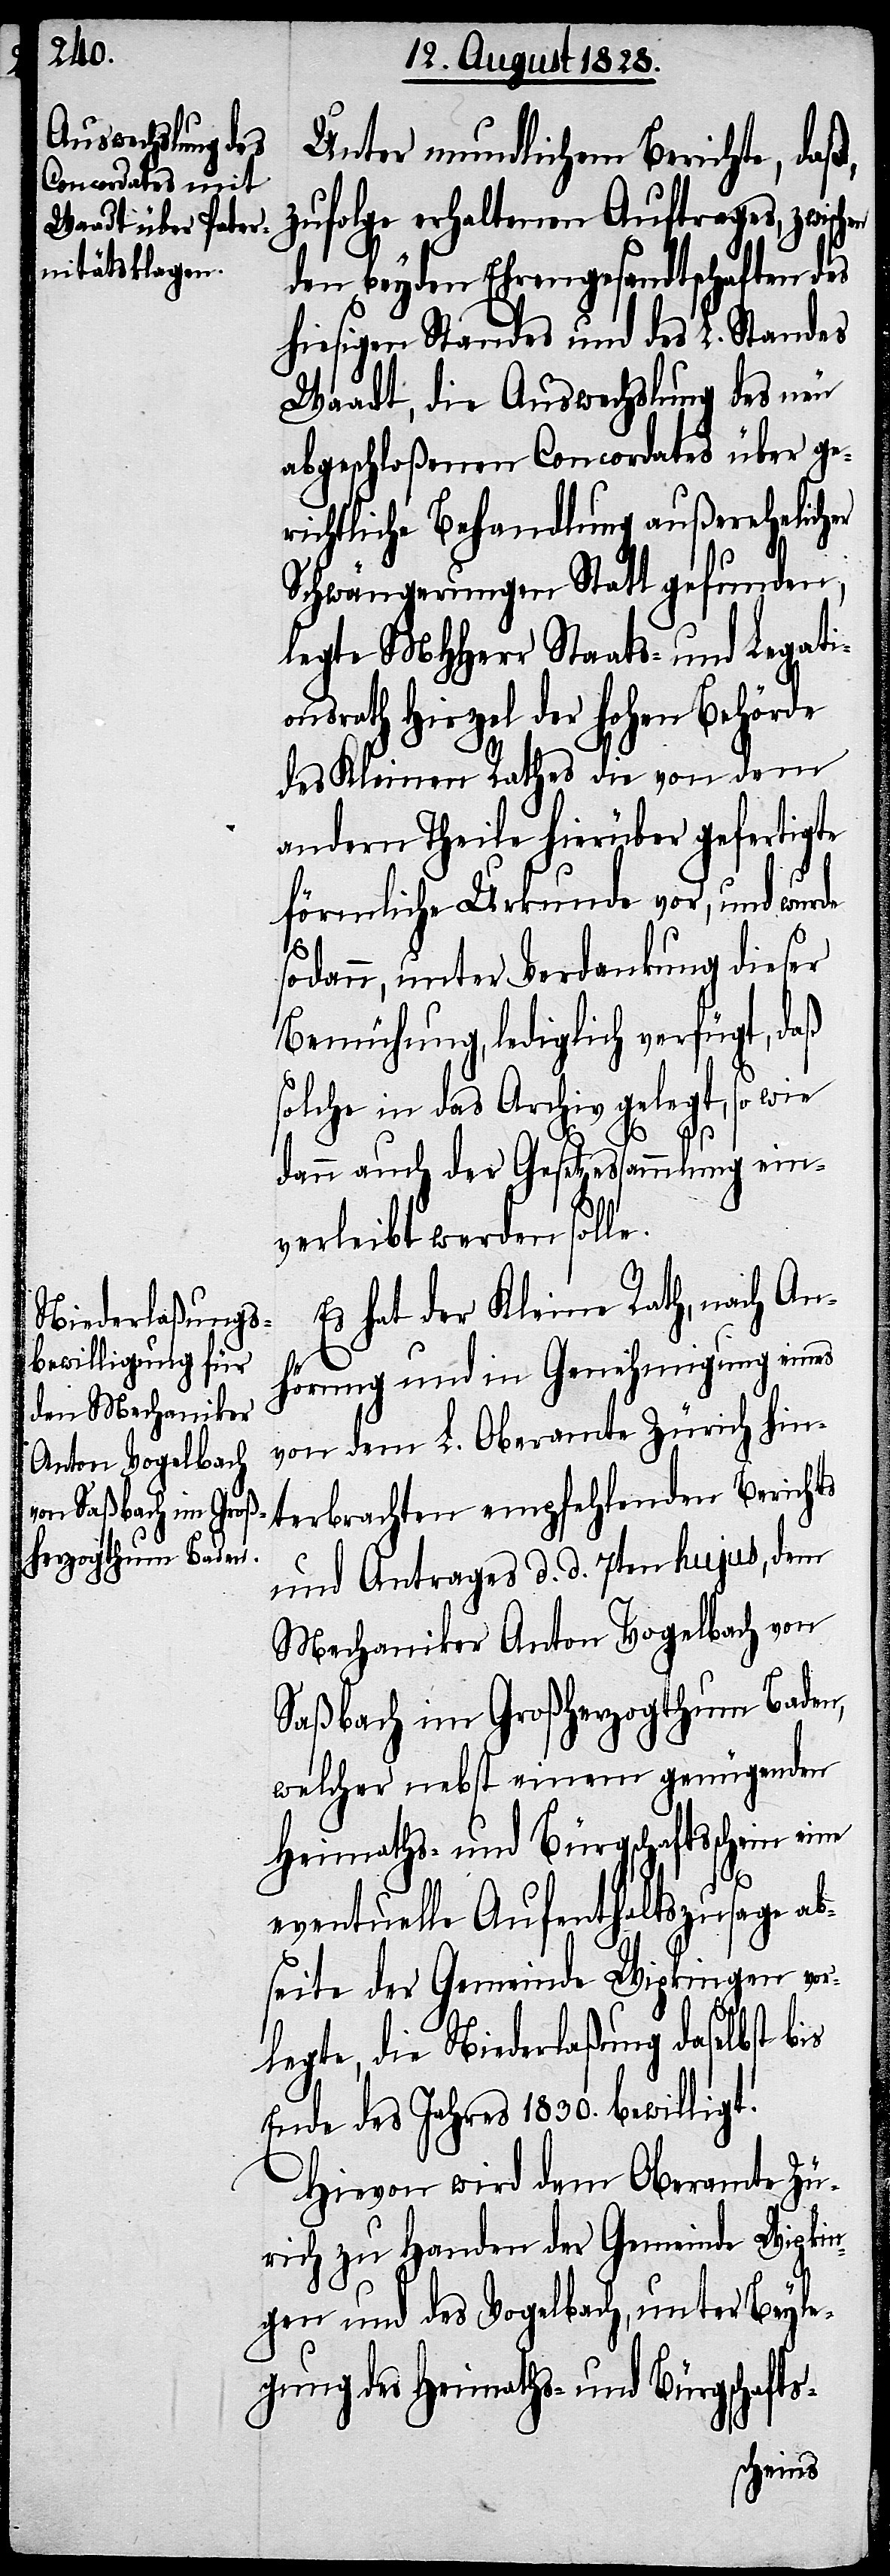
Unter mundlichem Berichte, daß,
zufolge erhaltenen Auftrages, zwi¬
den beyden Ehrengesandtschaften des
hiesigen Standes und des L. Standes
Waadt, die Auswechslung des neu
abgeschloßenen Concordates über ge¬
richtliche Behandlung außerehelicher
Schwängerungen Statt gefunden,
legte MHHerr Staats- und Legati¬
onsrath Hirzel der hohen Behörde
des Kleinen Rathes die von dem
andern Theile hierüber gefertigte
förmliche Urkunde vor, und wur¬
sodann, unter Verdankung dieser
Bemühung, lediglich verfügt, daß
solche in das Archiv gelegt, so wie
de
dann auch der Gesetzessammlung ein¬
verleibt werden solle.
Es hat der Kleine Rath, nach An¬
hörung und in Genehmigung eines
von dem L. Oberamte Zürich hin¬
terbrachten empfehlenden Berichts
und Antrages d. d. 7ten hujus, dem
Mechaniker Anton Vogelbach von
Saßbach im Großherzogthum Baden,
welcher nebst einem genügenden
Heimaths- und Bürgschaftsschein eine
eventuelle Aufenthaltszusage ab¬
seite der Gemeinde Wipkingen vor¬
legte, die Niederlaßung daselbst bis
Ende des Jahres 1830. bewilligt.
Hievon wird dem Oberamte Zü¬
rich zu Handen der Gemeinde Wipkin¬
gen und des Vogelbach, unter Beyle¬
gung des Heimaths- und Bürgschafts-
schen